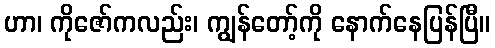
ဟာ၊ ကိုဇော်ကလည်း၊ ကျွန်တော့်ကို နောက်နေပြန်ပြီ။